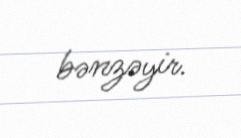
bənzəyir.